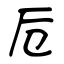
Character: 卮